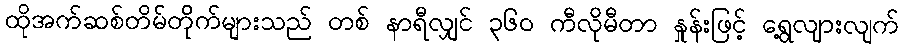
ထိုအက်ဆစ်တိမ်တိုက်များသည် တစ် နာရီလျှင် ၃၆၀ ကီလိုမီတာ နှုန်းဖြင့် ရွေ့လျားလျက်